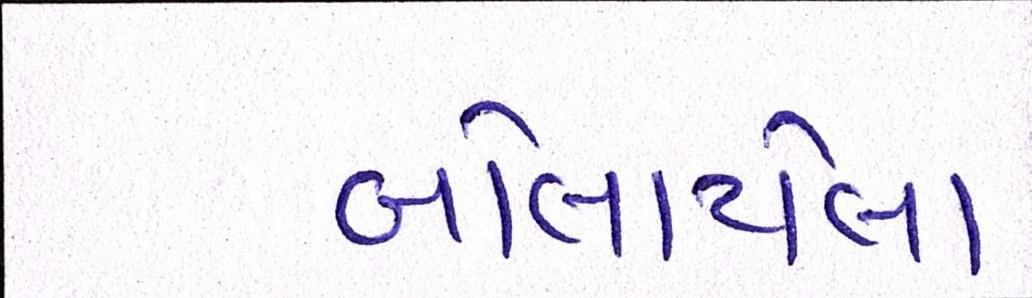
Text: બોલાયેલો